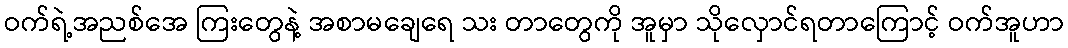
ဝက်ရဲ့အညစ်အေ ကြးတွေနဲ့ အစာမချေရေ သး တာတွေကို အူမှာ သိုလှောင်ရတာကြောင့် ဝက်အူဟာ